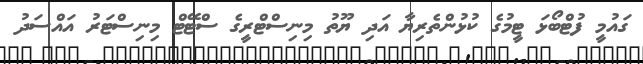
ގައުމީ ފުޓްބޯޅަ ޓީމުގެ ކުޅުންތެރިޔާ އަދި ޔޫތު މިނިސްޓްރީގެ ސްޓޭޓް މިނިސްޓަރު އައްސަދު